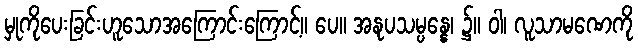
မှုကိုပေးခြင်းဟူသောအကြောင်းကြောင့်။ ပေ။ အနုပသမ္ပန္နေ၊ ၌။ ဝါ၊ လူသာမဏေကို